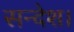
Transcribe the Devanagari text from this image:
सन्देश।